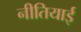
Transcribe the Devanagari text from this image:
नीतियाई